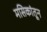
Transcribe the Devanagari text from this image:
मसिकांतून